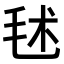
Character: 𣭍